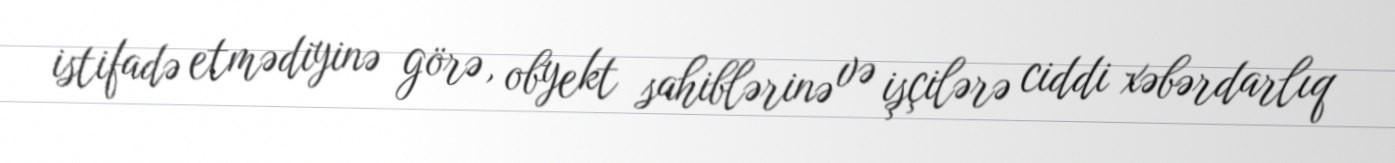
istifadə etmədiyinə görə, obyekt sahiblərinə və işçilərə ciddi xəbərdarlıq